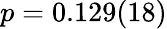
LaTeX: p=0.129(18)